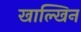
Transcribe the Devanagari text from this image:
खाल्खिन